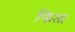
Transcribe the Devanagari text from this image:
फिता